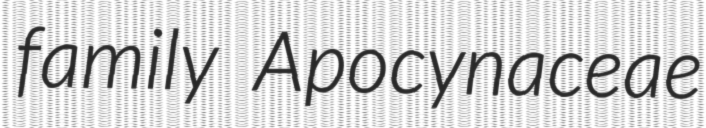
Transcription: family Apocynaceae